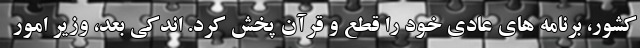
کشور، برنامه های عادی خود را قطع و قرآن پخش کرد. اندکی بعد، وزیر امور